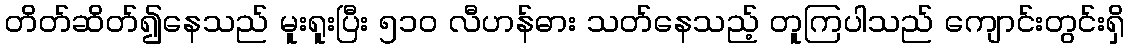
တိတ်ဆိတ်၍နေသည် မူးရူးပြီး ၅၁၀ လီဟန်ဓား သတ်နေသည့် တူကြပါသည် ကျောင်းတွင်းရှိ